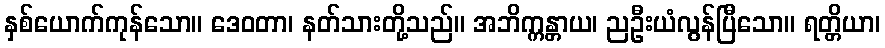
နှစ်ယောက်ကုန်သော။ ဒေဝတာ၊ နတ်သားတို့သည်။ အဘိက္ကန္တာယ၊ ညဦးယံလွန်ပြီသော။ ရတ္တိယာ၊